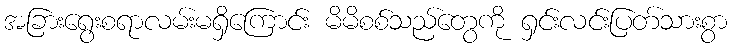
အခြားရွေးစရာလမ်းမရှိကြောင်း မိမိစစ်သည်တွေကို ရှင်းလင်းပြတ်သားစွာ